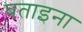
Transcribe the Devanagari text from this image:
बताइना